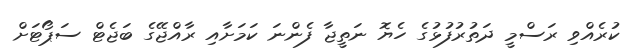
ކުރެއްވި ރަސްމީ ދަތުރުފުޅުގެ ހެޔޮ ނަތީޖާ ފެންނަ ކަމަށާއި ރާއްޖޭގެ ބަޖެޓް ސަޕޯޓަށް